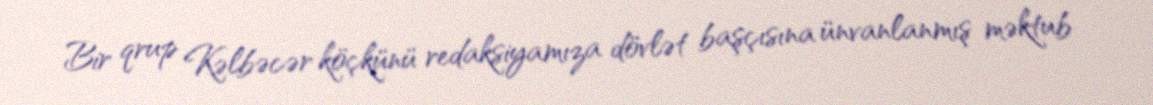
Bir qrup Kəlbəcər köçkünü redaksiyamıza dövlət başçısına ünvanlanmış məktub